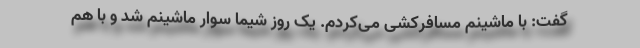
گفت: با ماشینم مسافرکشی می‌کردم. یک روز شیما سوار ماشینم شد و با هم